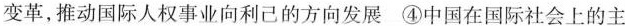
变革，推动国际人权事业向利己的方向发展 ④中国在国际社会上的主